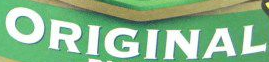
ORIGINAL